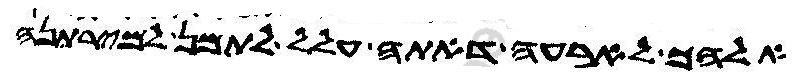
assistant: אלהך לארעה דאתה עלל לתמן למירתנה